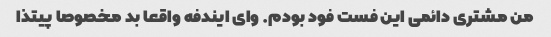
من مشتری دائمی این فست فود بودم. وای ایندفه واقعا بد مخصوصا پیتذا